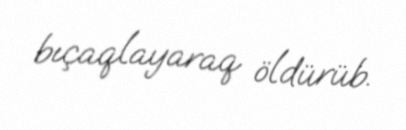
bıçaqlayaraq öldürüb.